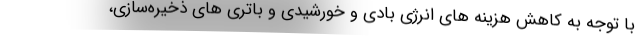
با توجه به کاهش هزینه های انرژی بادی و خورشیدی و باتری های ذخیره‌سازی،